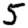
Digit: 5